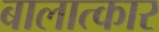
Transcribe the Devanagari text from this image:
बालात्कार